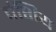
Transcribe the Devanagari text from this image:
वंशिय